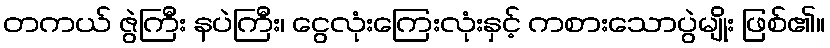
တကယ် ဇွဲကြီး နပဲကြီး၊ ငွေလုံးကြေးလုံးနှင့် ကစားသောပွဲမျိုး ဖြစ်၏။